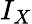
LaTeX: I_{X}